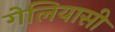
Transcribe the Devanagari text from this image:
गेलियासी